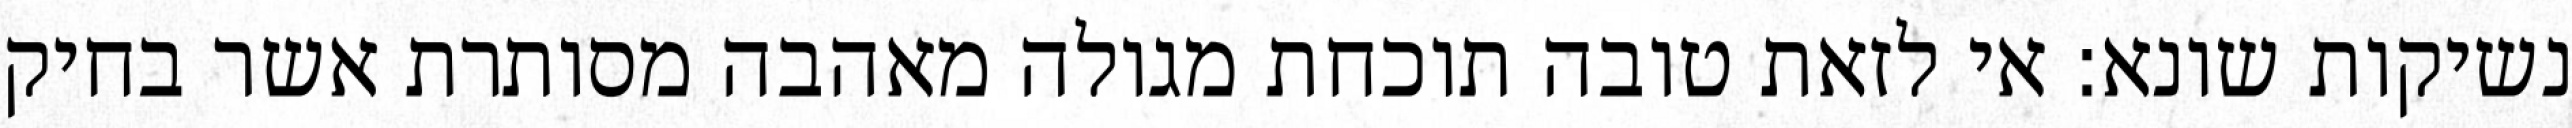
נשיקות שונא: אי לזאת טובה תוכחת מגולה מאהבה מסותרת אשר בחיק